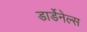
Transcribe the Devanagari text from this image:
डार्डेनेल्स